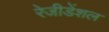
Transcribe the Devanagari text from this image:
रेजीडेंशल